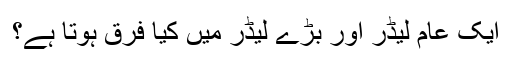
ایک عام لیڈر اور بڑے لیڈر میں کیا فرق ہوتا ہے؟